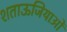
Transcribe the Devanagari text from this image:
शताऊजियाओं